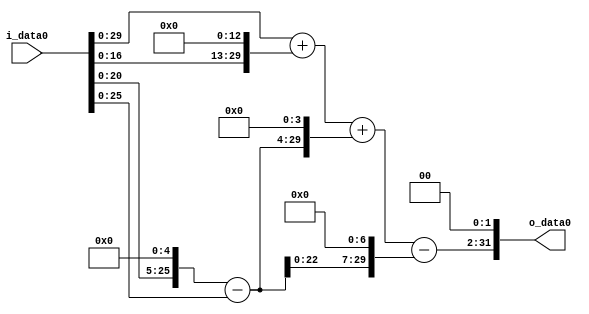
module multiplier_block (
    i_data0,
    o_data0
);

  // Port mode declarations:
  input   [31:0] i_data0;
  output  [31:0]
    o_data0;

  //Multipliers:

  wire [31:0]
    w1,
    w32,
    w31,
    w8192,
    w8193,
    w496,
    w8689,
    w3968,
    w4721,
    w18884;

  assign w1 = i_data0;
  assign w18884 = w4721 << 2;
  assign w31 = w32 - w1;
  assign w32 = w1 << 5;
  assign w3968 = w31 << 7;
  assign w4721 = w8689 - w3968;
  assign w496 = w31 << 4;
  assign w8192 = w1 << 13;
  assign w8193 = w1 + w8192;
  assign w8689 = w8193 + w496;

  assign o_data0 = w18884;

  //multiplier_block area estimate = 6210.38878423677;
endmodule